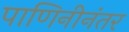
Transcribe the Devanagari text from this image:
पाणिनीनंतर